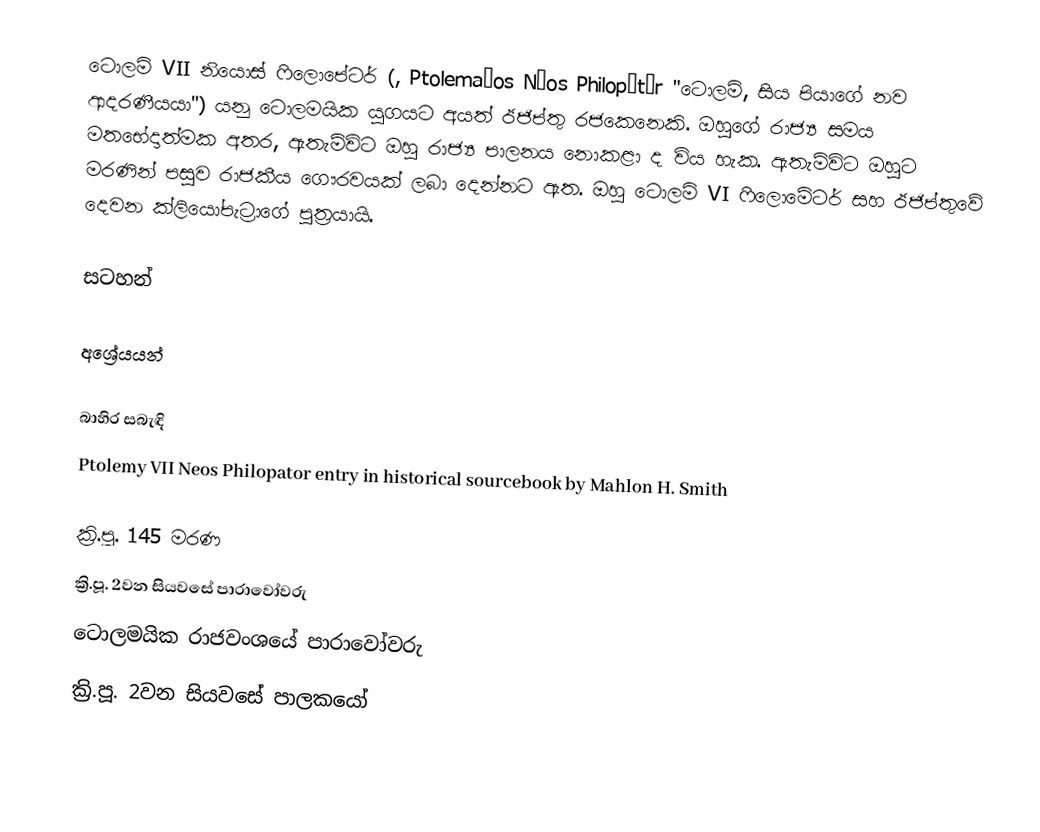
ටොලමි VII නියොස් ෆිලොපේටර් (, Ptolemaĩos Néos Philopátōr "ටොලමි, සිය පියාගේ නව ආදරණීයයා") යනු ටොලමයික යුගයට අයත් ඊජිප්තු රජකෙනෙකි. ඔහුගේ රාජ්‍ය සමය මතභේදාත්මක අතර, ඇතැම්විට ඔහු රාජ්‍ය පාලනය නොකළා ද විය හැක. ඇතැම්විට ඔහුට මරණින් පසුව රාජකීය ගෞරවයක් ලබා දෙන්නට ඇත. ඔහු ටොලමි VI ෆිලොමේටර් සහ ඊජිප්තුවේ දෙවන ක්ලියෝපැට්‍රාගේ පුත්‍රයායි.

සටහන්

අශ්‍රේයයන්

බාහිර සබැඳි
 Ptolemy VII Neos Philopator entry in historical sourcebook by Mahlon H. Smith

ක්‍රි.පූ. 145 මරණ
ක්‍රි.පූ. 2වන සියවසේ පාරාවෝවරු
ටොලමයික රාජවංශයේ පාරාවෝවරු
ක්‍රි.පූ. 2වන සියවසේ පාලකයෝ